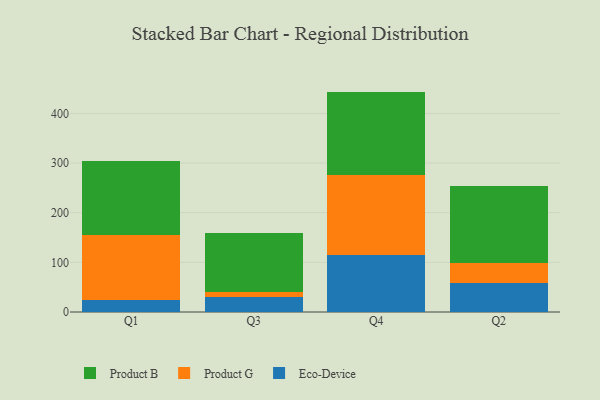
{"axis": {"x": "Quarter", "y": "LTV (USD)"}, "legend": ["Eco-Device", "Product B", "Product G"], "data": [{"x": "Q1", "y": 24.8, "type": "Eco-Device"}, {"x": "Q1", "y": 129.4, "type": "Product G"}, {"x": "Q1", "y": 149.6, "type": "Product B"}, {"x": "Q3", "y": 29.8, "type": "Eco-Device"}, {"x": "Q3", "y": 10.0, "type": "Product G"}, {"x": "Q3", "y": 119.7, "type": "Product B"}, {"x": "Q4", "y": 115.5, "type": "Eco-Device"}, {"x": "Q4", "y": 160.1, "type": "Product G"}, {"x": "Q4", "y": 168.3, "type": "Product B"}, {"x": "Q2", "y": 59.2, "type": "Eco-Device"}, {"x": "Q2", "y": 39.1, "type": "Product G"}, {"x": "Q2", "y": 155.4, "type": "Product B"}]}